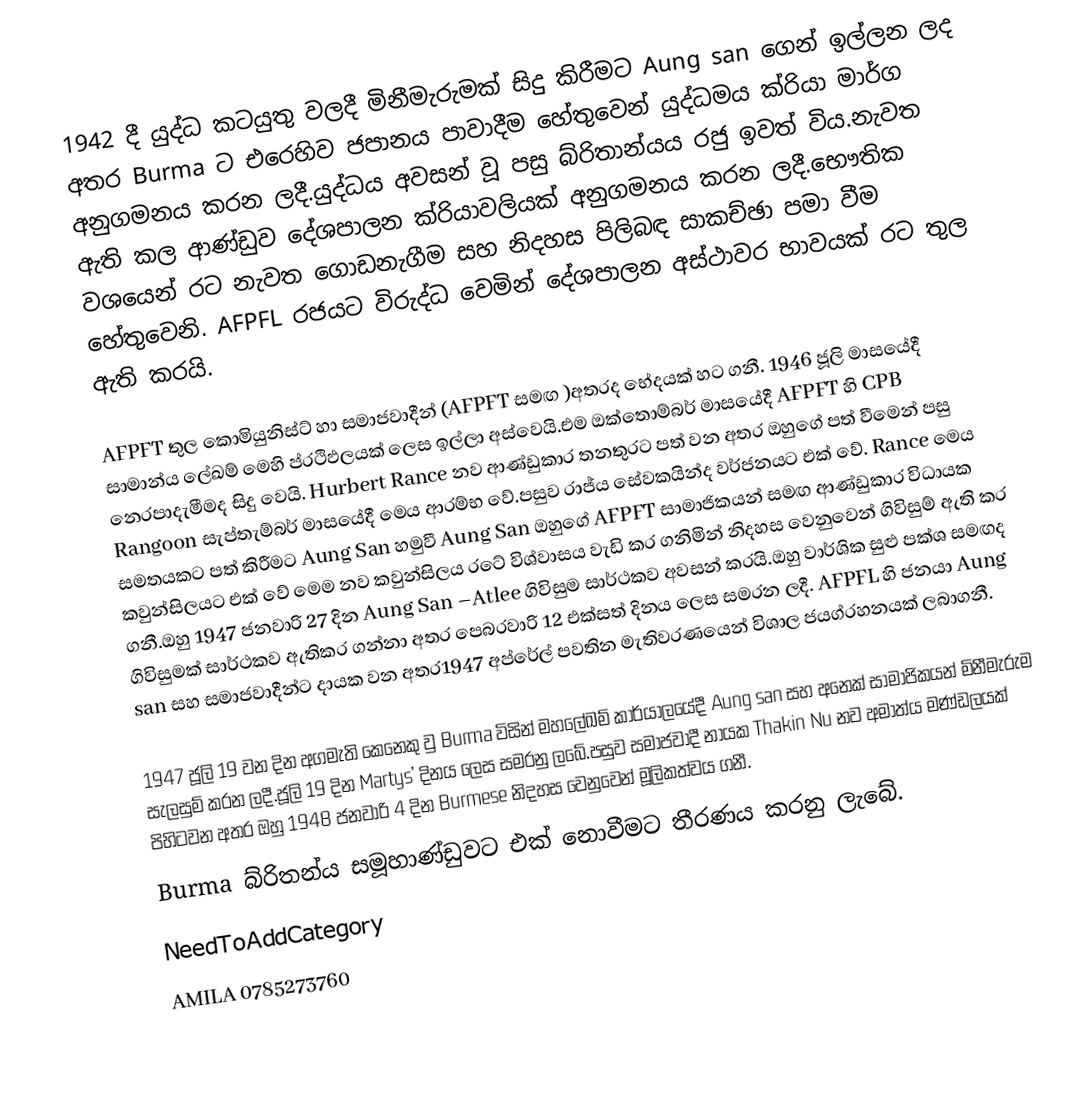
1942 දී යුද්ධ කටයුතු වලදී මිනීමැරුමක් සිදු කිරීමට Aung san ගෙන් ඉල්ලන ලද අතර Burma ට එරෙහිව ජපානය පාවාදීම හේතුවෙන් යුද්ධමය ක්රියා මාර්ග අනුගමනය කරන ලදී.යුද්ධය අවසන් වූ පසු බ්රිතාන්යය රජු ඉවත් විය.නැවත ඇති කල ආණ්ඩුව දේශපාලන ක්රියාවලියක් අනුගමනය කරන ලදී.භෞතික වශයෙන් රට නැවත ගොඩනැගීම සහ නිදහස පිලිබඳ සාකච්ඡා පමා වීම හේතුවෙනි. AFPFL රජයට විරුද්ධ වෙමින් දේශපාලන අස්ථාවර භාවයක් රට තුල ඇති කරයි.

AFPFT  තුල  කොමියුනිස්ට් හා සමාජවාදීන් (AFPFT සමඟ )අතරද භේදයක් හට ගනී. 1946 ජූලි මාසයේදී සාමාන්ය ලේඛම් මෙහි ප්රථිඵලයක් ලෙස ඉල්ලා අස්වෙයි.එම ඔක්තොම්බර් මාසයේදී AFPFT හි CPB නෙරපාදැමීමද සිදු වෙයි. Hurbert Rance නව ආණ්ඩුකාර තනතුරට පත් වන අතර ඔහුගේ පත් වීමෙන් පසු Rangoon සැප්තැම්බර් මාසයේදී මෙය ආරම්භ වේ.පසුව රාජ්ය සේවකයින්ද වර්ජනයට එක් වේ. Rance මෙය සමතයකට පත් කිරීමට Aung San හමුවී Aung San ඔහුගේ AFPFT සාමාජිකයන් සමඟ ආණ්ඩුකාර විධායක කවුන්සිලයට එක් වේ මෙම නව කවුන්සිලය රටේ විශ්වාසය වැඩි කර ගනිමින් නිදහස වෙනුවෙන් ගිවිසුම් ඇති කර ගනී.ඔහු 1947 ජනවාරි 27 දින Aung San –Atlee ගිවිසුම සාර්ථකව අවසන් කරයි.ඔහු වාර්ශික සුළු පක්ශ සමඟද ගිවිසුමක් සාර්ථකව ඇතිකර ගන්නා අතර පෙබරවාරි 12 එක්සත් දිනය ලෙස සමරන ලදී. AFPFL හි ජනයා Aung san සහ සමාජවාදීන්ට දායක වන අතර1947 අප්රේල් පවතින මැතිවරණයෙන් විශාල ජයග්රහනයක් ලබාගනී.

1947 ජූලි 19 වන දින අගමැති කෙනෙකු වු Burma විසින් මහලේඛම් කාර්යාලයේදී Aung san සහ අනෙක් සාමාජිකයන් මිනීමැරුම සැලසුම් කරන ලදී.ජූලි 19 දින Martys’ දිනය  ලෙස සමරනු ලබේ.පසුව සමාජවාදී නායක Thakin Nu නව අමාත්ය මණ්ඩලයක් පිහිටවන අතර ඔහු 1948 ජනවාරි 4 දින Burmese නිදහස වෙනුවෙන් මූලිකත්වය ගනී.
Burma බ්රිතන්ය සමූහාණ්ඩුවට එක් නොවීමට තීරණය කරනු ලැබේ.
NeedToAddCategory
AMILA 0785273760